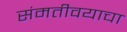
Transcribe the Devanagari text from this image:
संमतीवयाचा